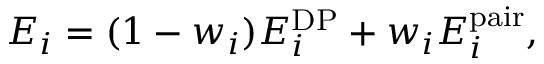
\begin{array} { r } { E _ { i } = ( 1 - w _ { i } ) E _ { i } ^ { \mathrm { D P } } + w _ { i } E _ { i } ^ { \mathrm { p a i r } } , } \end{array}